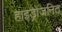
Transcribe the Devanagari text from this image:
हाइड्रोजनित